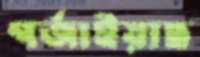
গর্জাইয়াছ